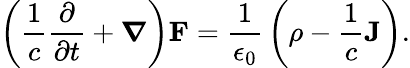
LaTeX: \left({\frac{1}{c}}{\frac{\partial}{\partial t}}+{\boldsymbol{\nabla}}\right)\mathbf{F}={\frac{1}{\epsilon_{0}}}\left(\rho-{\frac{1}{c}}\mathbf{J}\right).